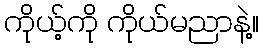
ကိုယ့်ကို ကိုယ်မညာနဲ့။